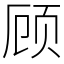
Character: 顾